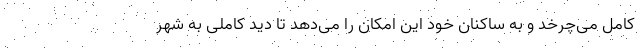
کامل می‌چرخد و به ساکنان خود این امکان را می‌دهد تا دید کاملی به شهر